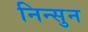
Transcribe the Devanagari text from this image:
निन्सुन